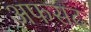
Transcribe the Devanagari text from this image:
अफसद